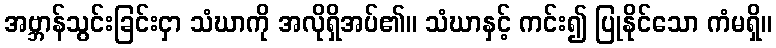
အဗ္ဘာန်သွင်းခြင်းငှာ သံဃာကို အလိုရှိအပ်၏။ သံဃာနှင့် ကင်း၍ ပြုနိုင်သော ကံမရှိ။